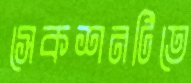
সেকশনটিতে